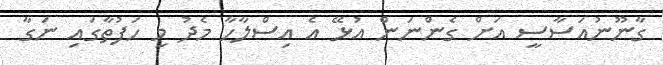
ގާނޫނުއަސާސީ އަށް ގެންނަން އުޅޭ އެ އިސްލާހާ މެދު މި ހަފުތާގައި ނަގާ